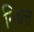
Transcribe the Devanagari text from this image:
निश्चत्त